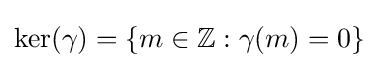
\ker(\gamma )=\{m\in \mathbb {Z} :\gamma (m)=0\}